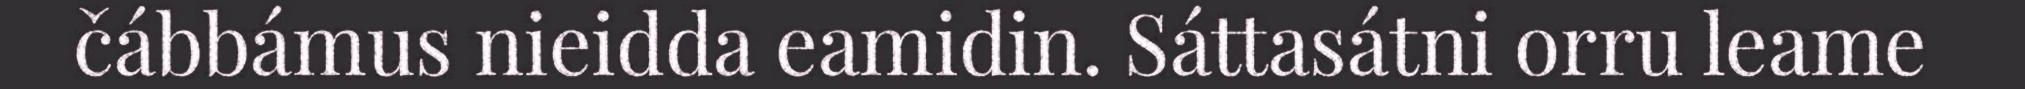
čábbámus nieidda eamidin. Sáttasátni orru leame